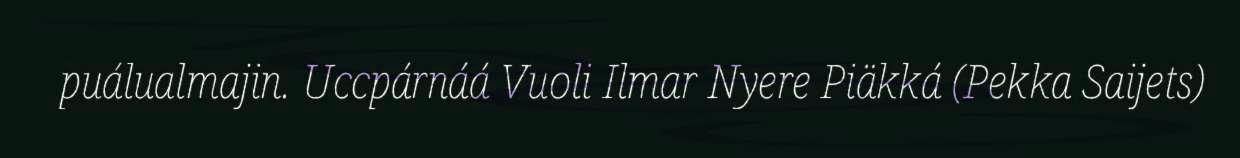
puálualmajin. Uccpárnáá Vuoli Ilmar Nyere Piäkká (Pekka Saijets)